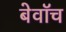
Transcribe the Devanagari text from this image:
बेवॉच